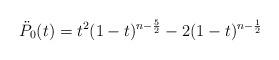
LaTeX: \begin{align*}\ddot P_0(t) = t^2 (1-t)^{n-\frac{5}{2}} - 2(1-t)^{n-\frac{1}{2}}\end{align*}